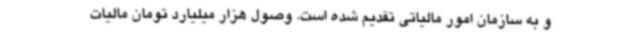
و به سازمان امور مالیاتی تقدیم شده است. وصول هزار میلیارد تومان مالیات